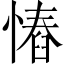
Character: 𢠅